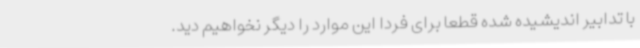
با تدابیر اندیشیده شده قطعا برای فردا این موارد را دیگر نخواهیم دید.